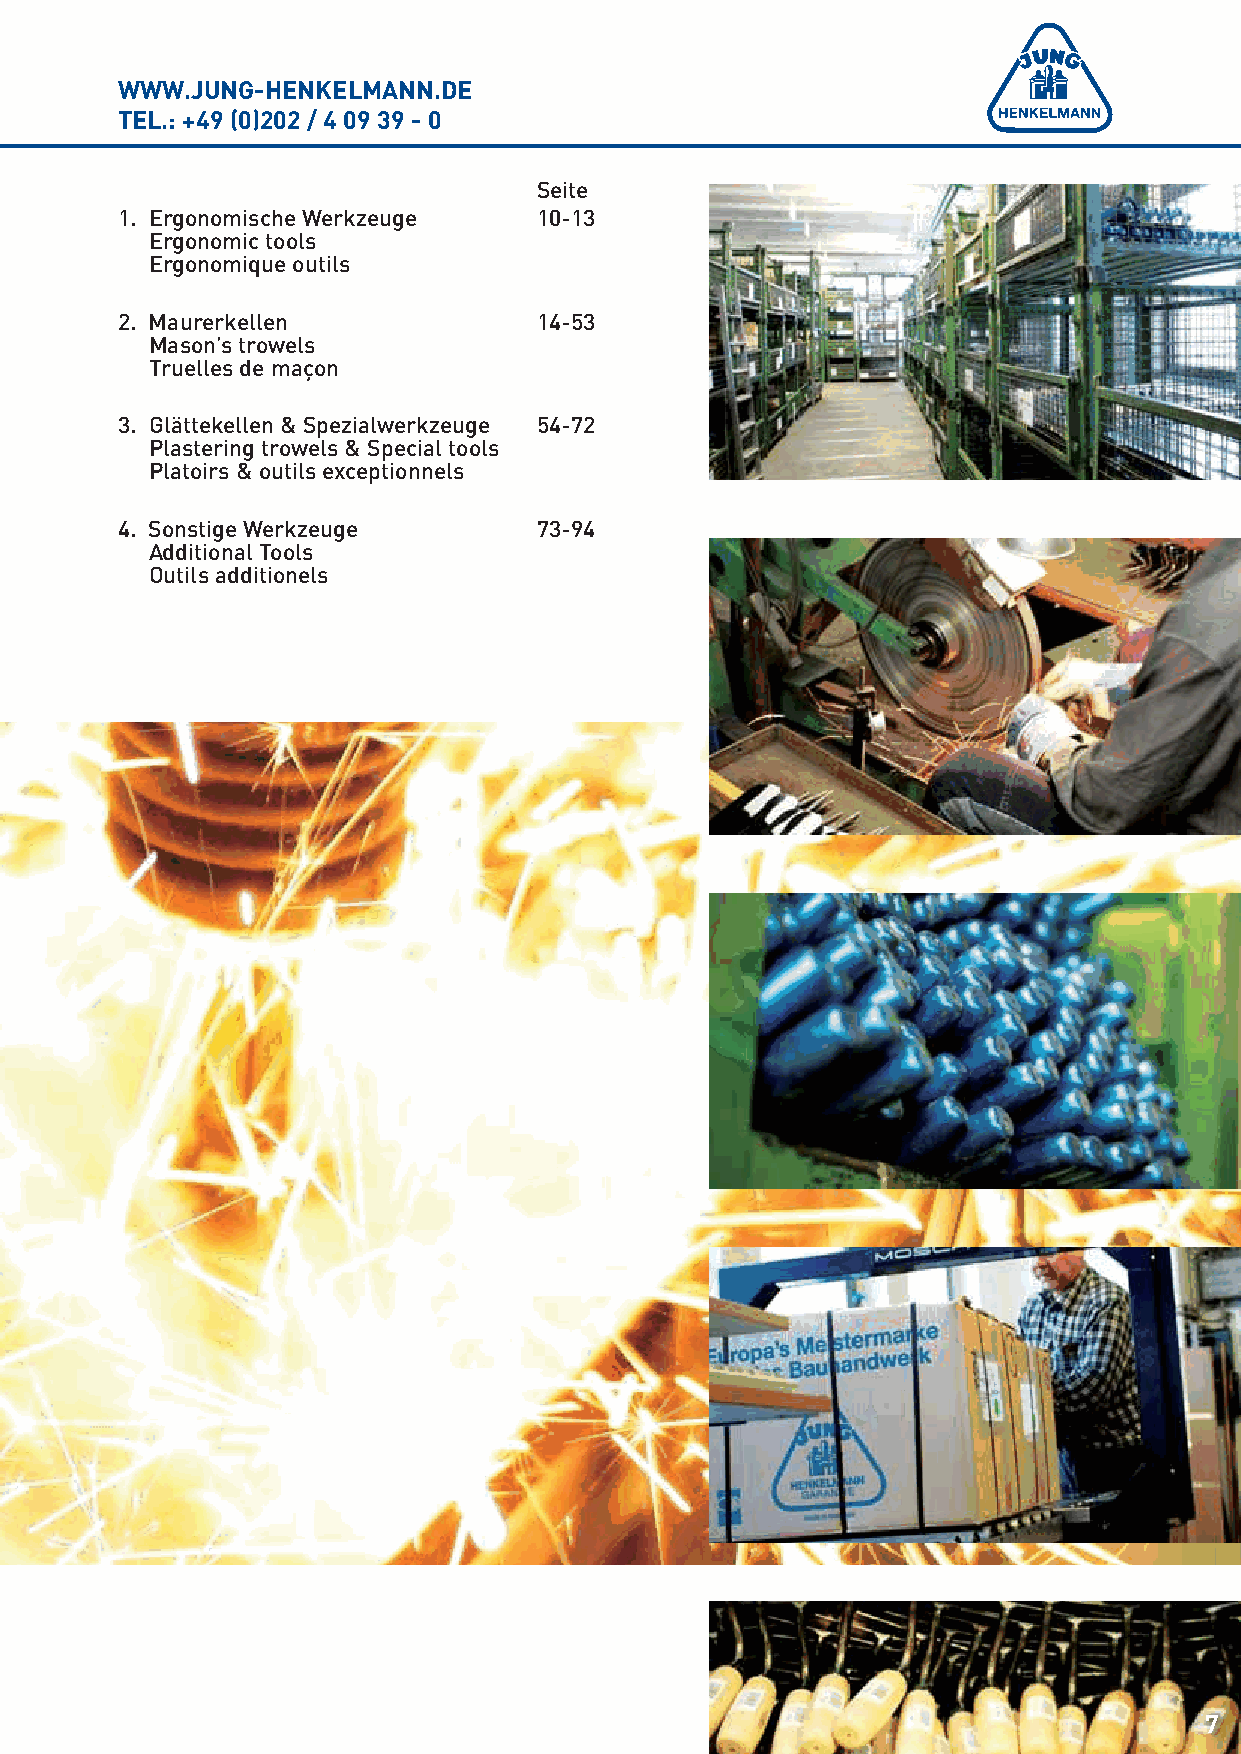
WWW.JUNG-HENKELMANN.DE
 TEL.: +49 (0)202 / 4 09 39 - 0
 Seite
 1. Ergonomische Werkzeuge  10-13
 Ergonomic tools
 Ergonomique outils
 2. Maurerkellen            14-53
 Mason’s trowels
 Truelles de maçon
 3. Glättekellen & Spezialwerkzeuge 54-72
 Plastering trowels & Special tools
 Platoirs & outils exceptionnels
 4. Sonstige Werkzeuge      73-94
 Additional Tools
 Outils additionels
 7